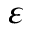
\varepsilon